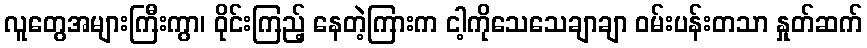
လူတွေအများကြီးကွာ၊ ဝိုင်းကြည့် နေတဲ့ကြားက ငါ့ကိုသေသေချာချာ ဝမ်းပန်းတသာ နှုတ်ဆက်